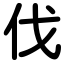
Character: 伐